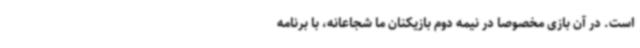
است. در آن بازی مخصوصا در نیمه دوم بازیکنان ما شجاعانه، با برنامه